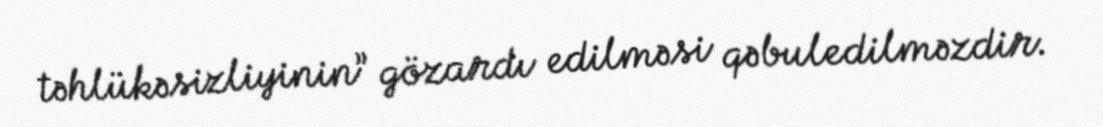
təhlükəsizliyinin” gözardı edilməsi qəbuledilməzdir.